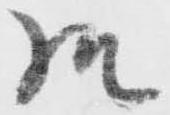
様